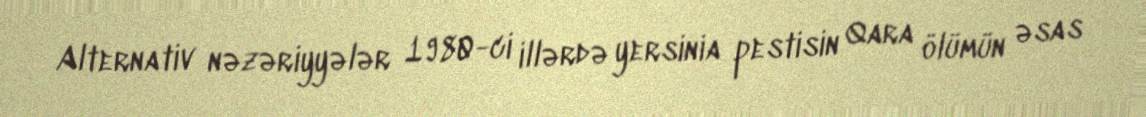
Alternativ nəzəriyyələr 1980-ci illərdə yersinia pestisin Qara ölümün əsas